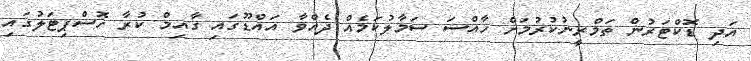
އަދި ޑޮކްޓަރުން ތަމްރީނުކުރުމަށް ހާއްސަ ސަމާލުކަމެއް ދެއްވާ އައްޑޫގައި ގާއިމް ކުރާ ހޮސްޕިޓަލުގައި